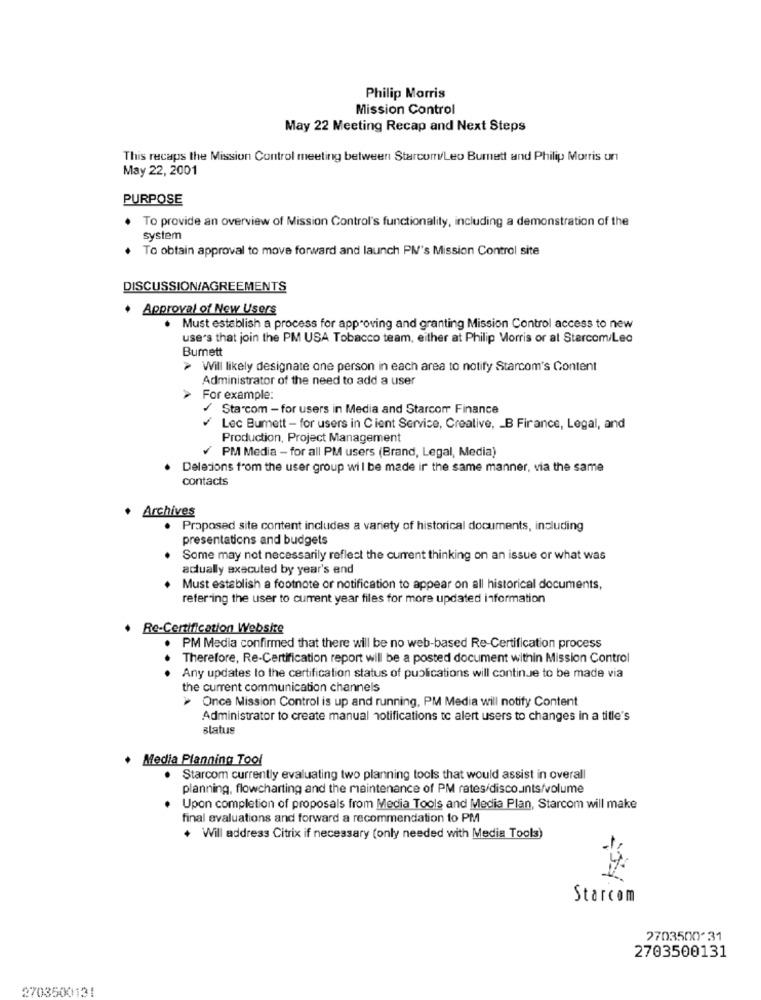
Philip Morris
Mission Control
May 22 Meeting Recap and Next Steps
This recaps the Mission Control meeting between Starcom/Leo Burnett and Philip Morris un
May 22, 2001
PURPOSE
. To provide an overview of Mission Control's functionality, including a demonstration of the
system
To obtain approval to move forward and launch PM's Mission Control site
DISCUSSION/AGREEMENTS
Approval of New Users
Must establish a process for approving and granting Mission Control access to new
use's that join the PM USA Tobacco team, either at Philip Morris or at Starcom/Leo
Bumett
> Will likely designate one person in each area to notify Starcom's Content
Administrator of the need to add a user
For example:
/ Starcom - for users in Media and Starcom Finance
Lec Bumett- for users in Cient Service, Creative, _ B Firance, Legal, and
Production, Project Management
PM Media - for all PM users (Brand, Legal, Media)
Deletions from the user group will be made ir the same manner, via the same
contacts
Archives
. Proposed site content includes a variety of historical documents, including
presentations and budgets
Some may not necessarily reflect the current thinking on an issue or what was
actually executed by year's end
Must establish a footnote or notification to appear on all historical documents,
refer ing the user to current year files for more updated information
. Re-Certification Website
PM Media confirmed that there will be no web-based Re-Certification process
Therefore, Re-Certification report will be a posted document within Mission Control
Any updates to the certification status of publications will continue to be made via
the current communication channels
> Once Mission Control is up and running, PM Media will notify Content
Administrator to create manual notifications tc alert users to changes in a title's
status
. Media Planning Tool
. Starcom currently evaluating two planning tools that would assist in overall
planning, flowcharting and the maintenance of PM rates/discounts/volume
Upon completion of proposals from Media Tools and Media Plan, Starcom will make
final evaluations and forward a recommendation to PM
+ Will address Citrix if necessary (only needed with Media Tools)
Starcom
2703500-31
2703500131
2703500131